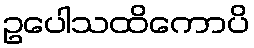
ဥပေါသထိကောပိ